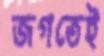
জগতেই